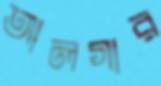
আলগার